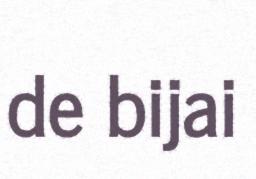
de bijai